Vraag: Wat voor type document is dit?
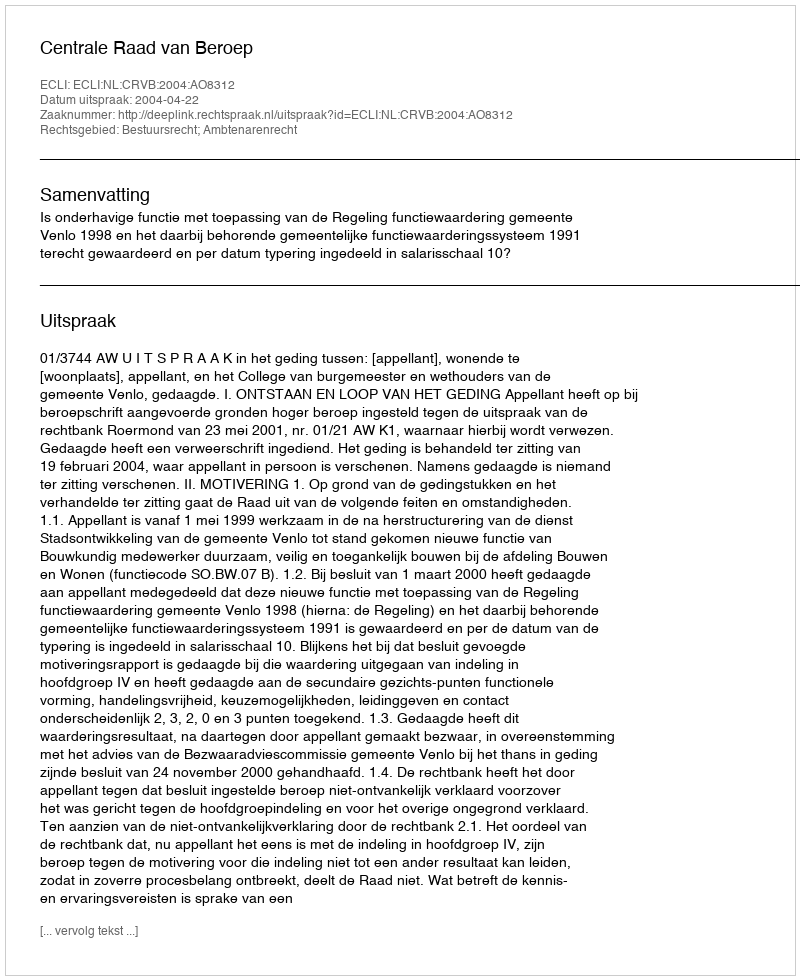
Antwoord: Uitspraak